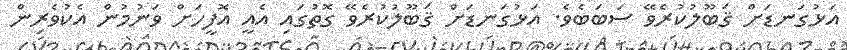
އަޅުގަނޑަށް ޤަބޫލުކުރެވޭ ސަބަބެވެ. އަޅުގަނޑަށް ޤަބޫލުކުރެވޭ ގޮތުގައި އެއީ އޮފީހަށް ވަނުމުން އެކުވެރިން